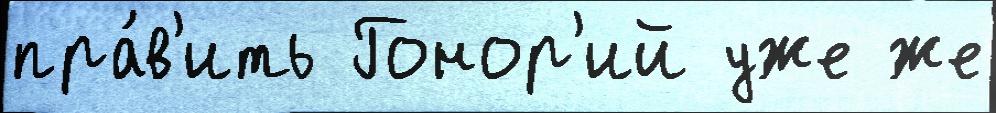
пра́в'ить Гонор'ий уже же